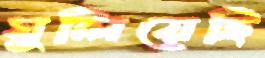
ঘুলিয়েছি